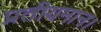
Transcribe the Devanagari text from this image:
प्रतीयमान।